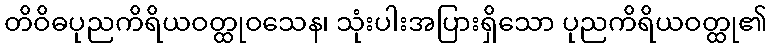
တိဝိဓပုညကိရိယဝတ္ထုဝသေန၊ သုံးပါးအပြားရှိသော ပုညကိရိယဝတ္ထု၏